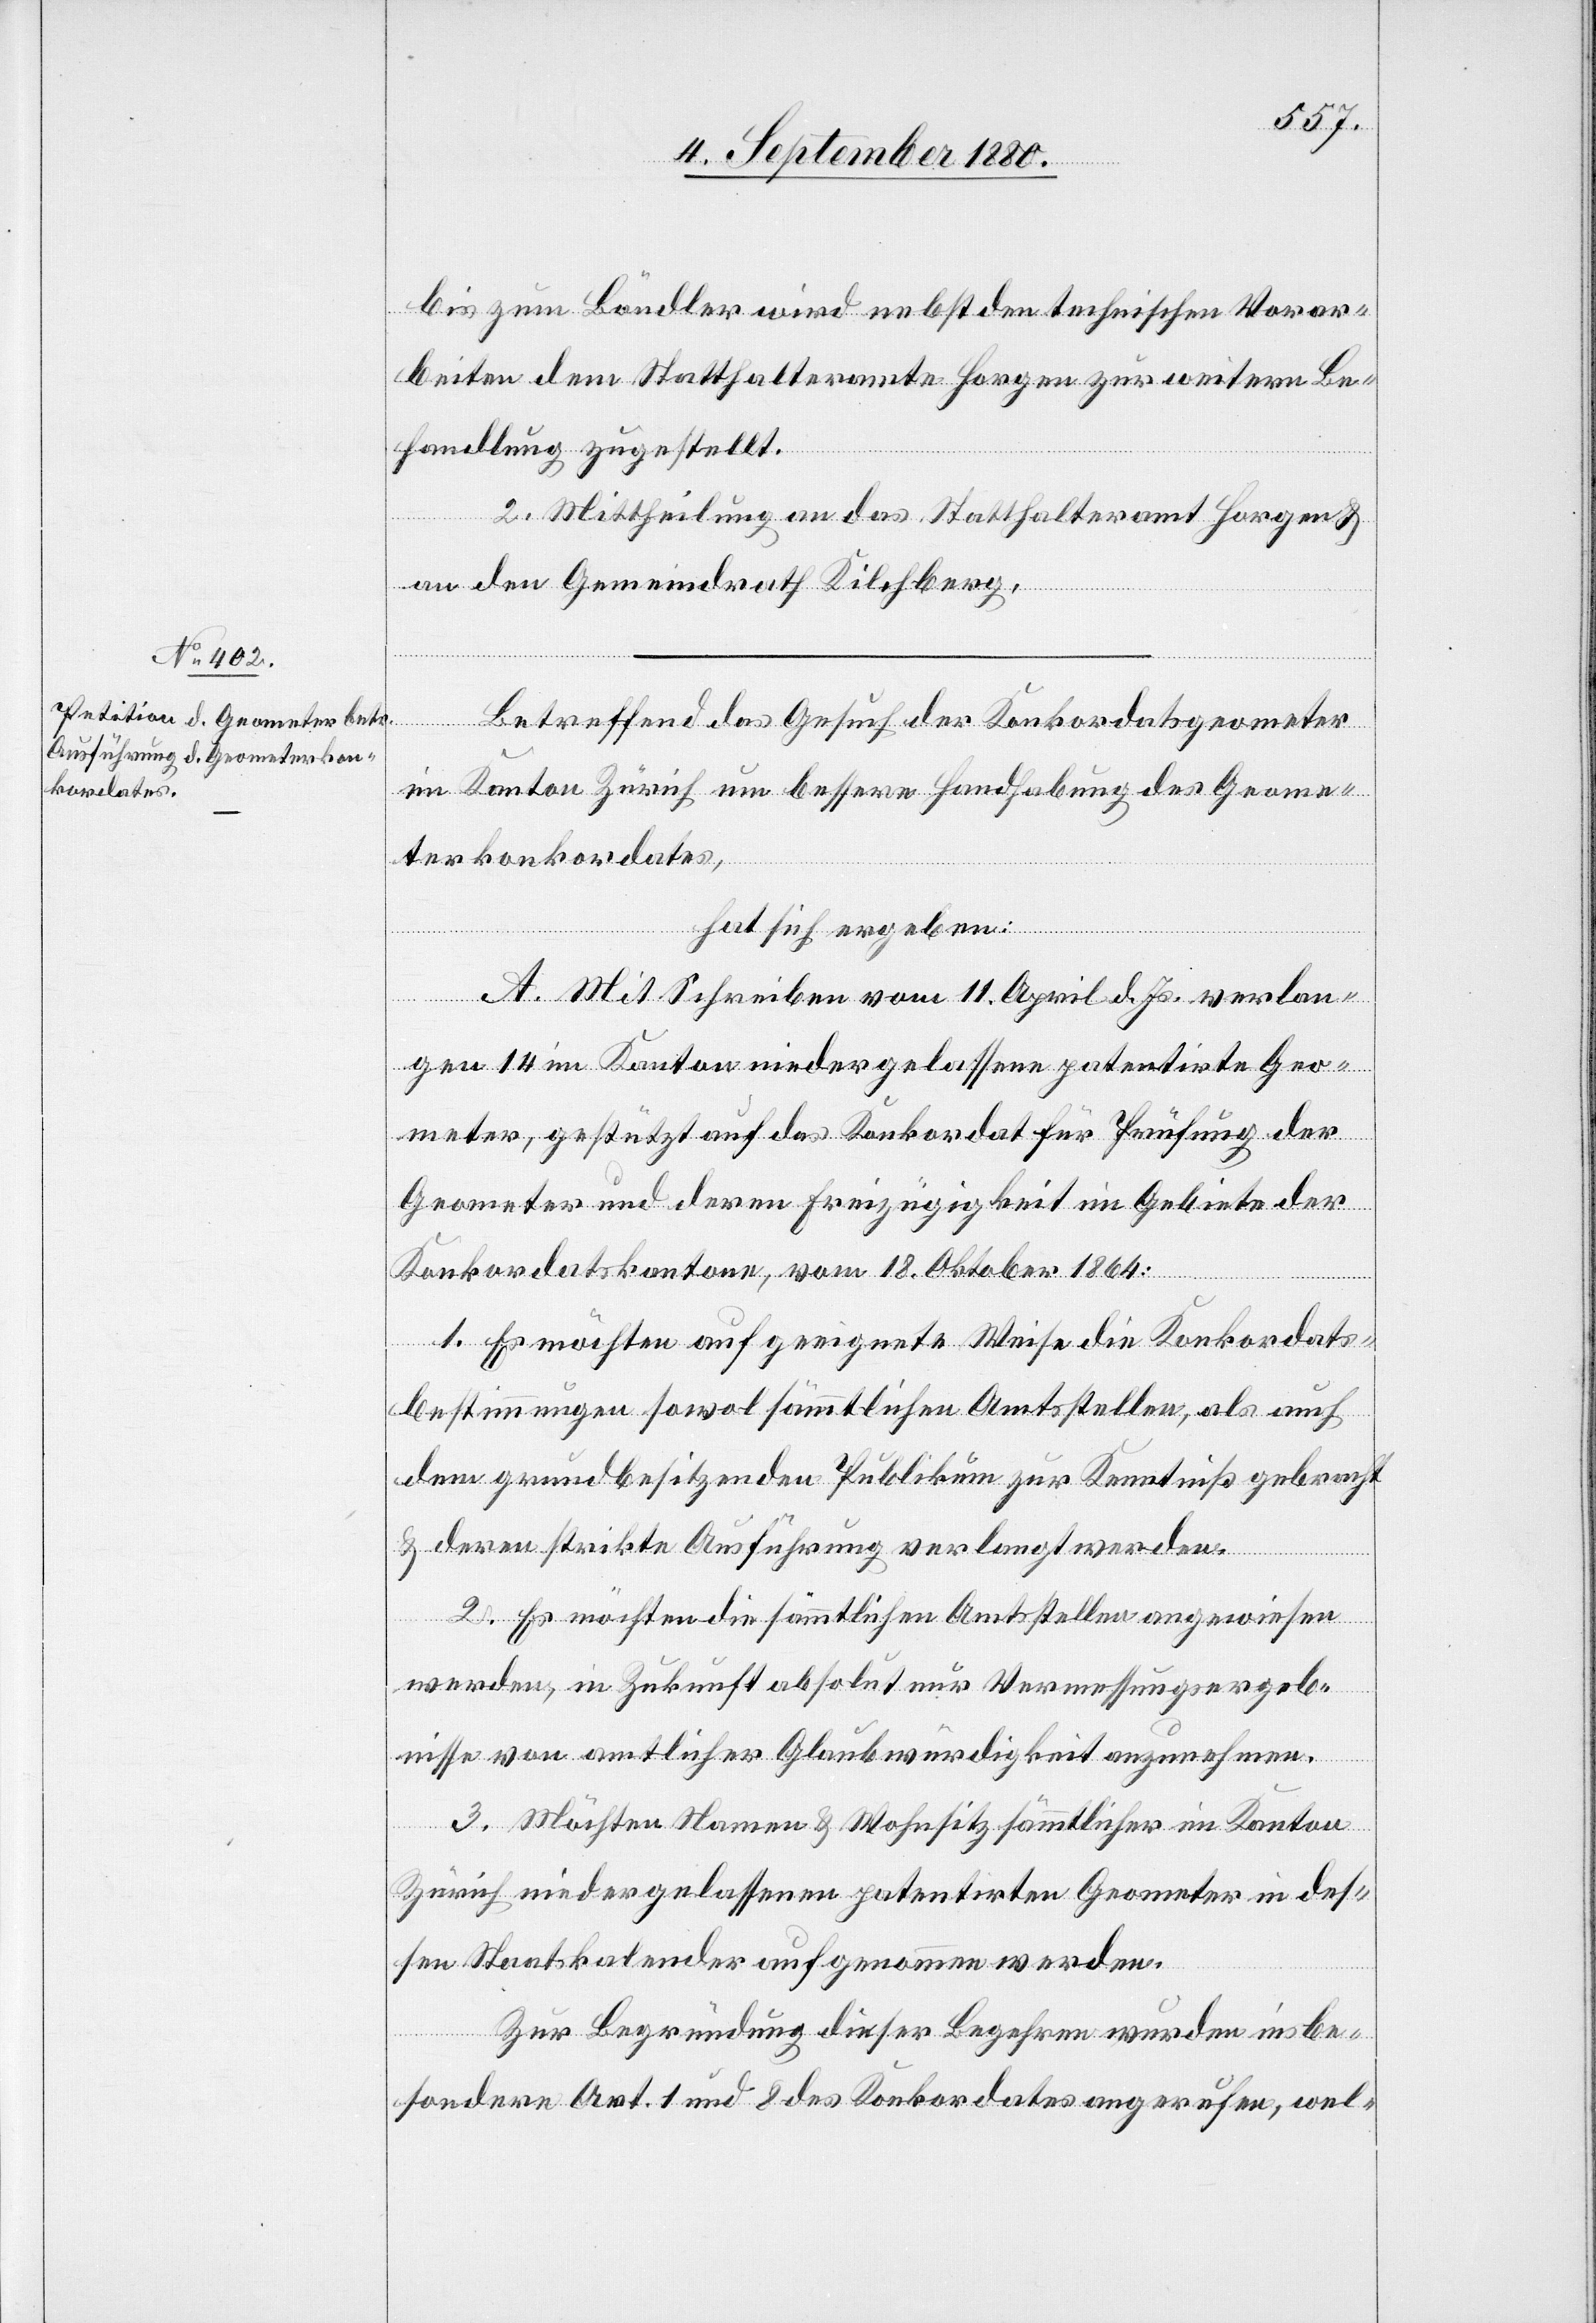
bis zum Böndler wird nebst den technischen Vorar¬
beiten dem Statthalteramte Horgen zur weiteren Be¬
handlung zugestellt.
2. Mittheilung an das Statthalteramt Horgen &
an den Gemeindrath Kilchberg.